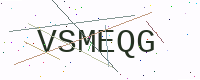
Text: VSMEQG